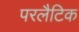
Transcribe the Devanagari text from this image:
परलैटिक